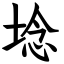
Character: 埝